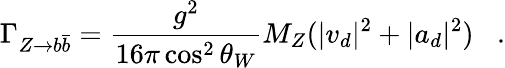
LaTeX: \Gamma_{Z\rightarrow b\bar{b}}=\frac{g^{2}}{16\pi\cos^{2}\theta_{W}}M_{Z}(|v_{d}|^{2}+|a_{d}|^{2})\; \; \; .